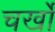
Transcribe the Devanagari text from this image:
चर्खों